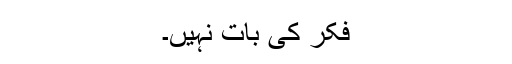
فکر کی بات نہیں۔